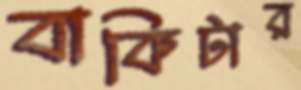
বাকিটার